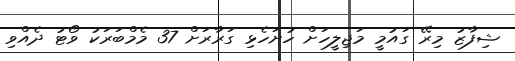
ޝިފާޒު މިރޭ ގައުމީ މަޖިލީހަށް ހުށަހެޅި ގަރާރަށް 37 މެމްބަރަކު ވޯޓު ދެއްވި